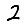
Digit: 2